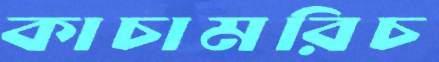
কাচামরিচ